Civil Veterinary Department. Madras. Admin. report 1926-33 - 1926-1933
Year: 1926
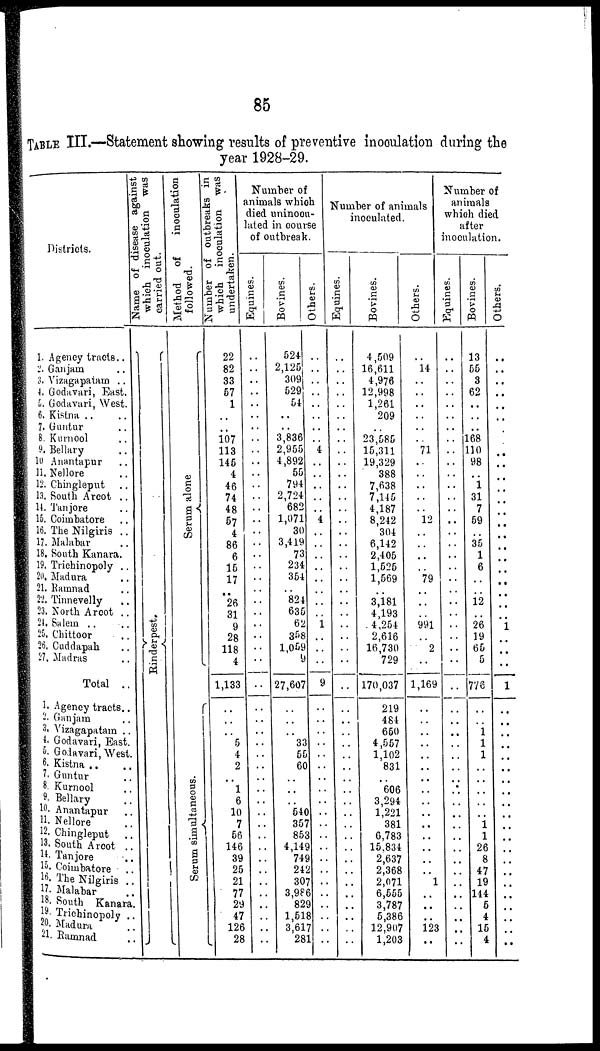
85
TABLE III.—Statement showing results of preventive inoculation during the
year 1928-29.
Districts.
1. Agency tracts..
2. Ganjam ..
3. Vizagapataro ..
4. Godavari, East.
5. Godavari, West.
6. Kistna .. ..
7. Guntur ..
8. Kurnool ..
9. Bellary ..
10 Anantapur ..
11. Nellore ..
12. Chingleput ..
13. South Arcot ..
14. Tanjore ..
16. Coimbatore ..
16. The Nilgiris ..
17. Malabar ..
18. South Kanara.
19. Trichinopoly ..
20. Madura ..
21. Ramnad ..
22. Tinnevelly
..
23. North Arcot ..
24. Salem .. ..
25. Chittoor ..
26. Cuddapab ..
27, Madras ..
Total ..
1. Agency tracts.
2. Ganjam ..
3. Vizagapatam ..
4. Godavari, East.
5. Godavari, West.
6. Kistna .. ..
7. Guntur ..
8. Kurnool ..
9. Bellary ..
10. Anantapur ..
11. Nellore ..
12. Chingleput ..
13. South Arcot ..
14. Tanjore ..
15. Coimbatore ..
16. The Nilgiris ..
17. Malabar ..
18. South Kanan.
19. Trichinopoly ..
20. Madura ..
21. Ramnad ..
Name of disease against
which
inoculation
was
carried
out.
Rinderpest.
Method
of
inoculation
followed.
*
Se r
um alone
Se r
um simultaneous.
Number of outbreaks in
which
inocualtion
was
undertaken.
22
82
33
57
1
..
..
107
113
145
4
46
74
48
57
4
86
6
15
17
26
31
9
28
118
4
1,133
..
..
5
4
2
1
6
10
7
56
146
39
25
21
77
29
47
126
28
Number of
animals which
died uninocu-
lated in course
of outbreak.
Equines.
..
..
..
..
..
..
..
..
..
..
..
..
..
..
..
..
..
..
..
..
..
..
..
..
..
..
..
..
..
..
..
..
..
..
..
..
..
..
..
..
..
..
..
..
..
..
..
..
..
Bovines.
524
2,125
309
529
54
..
..
3,836
2,955
4,892
55
794
2,724
682
1,071
30
3,419
73
234
354
.. 824
635
62
358
1,059
9
27,607
..
..
..
33
55
60
..
..
..
540
357
853
4,149
749
242
307
3,986
829
1,518
3,617
281
Others.
..
..
..
..
..
..
..
..
4
..
..
..
..
..
4
..
..
..
..
..
.. ..
..
1
..
..
..
9
..
..
..
..
..
..
..
..
..
..
..
..
..
..
..
..
..
..
..
..
..
Number of animals
inoculated.
Equines.
..
..
..
..
..
..
..
..
..
..
..
..
..
..
..
..
..
..
..
..
.. ..
..
..
..
..
..
..
..
..
..
..
..
..
..
..
..
..
.. ..
..
..
..
..
..
..
..
..
..
Bovines.
4,509
16,611
4,976
12,998
1,261
209
..
23,585
15,311
19,329
388
7,638
7,145
4,187
8,242
304
6,142
2,405
1,525
1,569
..
3,181
4,193
4,254
2,616
16,730
729
170,037
219
484
650
4,557
1,102
831
..
606
3,294
1,221
381
6,783
15,834
2,637
2,368
2,071
6,555
3,787
5,386
12,907
1,203
Others.
..
14
..
..
..
..
..
..
71
..
..
..
..
..
12
..
..
..
..
79
..
..
..
991
..
2
..
1,169
..
..
..
..
..
..
..
..
..
..
..
..
..
..
..
1
..
..
..
123
..
Number of
animals
which died
after
inoculation.
Equines.
..
..
..
..
...
..
..
..
..
..
..
..
..
..
..
..
..
..
..
..
..
..
..
..
..
..
..
..
..
..
..
..
..
..
... ..
..
..
..
..
..
..
..
..
..
..
..
..
..
Bovines.
13
55
3
62
..
..
..
168
110
98
..
1
31
7
59
..
35
1
6
..
..
12
..
26
19
65
5
776
..
..
1
1
1
..
..
..
..
..
1
1
26
8
47
19
144
5
4
15
4
Others.
..
..
..
..
1
..
1
..
..
..
..
..
..
..
..
..
..
..
..
..
..
..
..
..
..
..
..
..